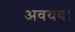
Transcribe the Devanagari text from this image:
अवयव।